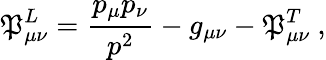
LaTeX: \mathfrak{P}_{\mu\nu}^{L}=\frac{{p_{\mu}p_{\nu}}}{{p^{2}}}-g_{\mu\nu}-\mathfrak{P}_{\mu\nu}^{T}\ ,